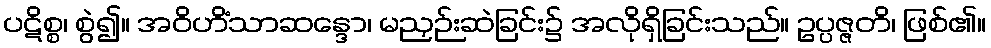
ပဋိစ္စ၊ စွဲ၍။ အဝိဟိံသာဆန္ဒော၊ မညှဉ်းဆဲခြင်း၌ အလိုရှိခြင်းသည်။ ဥပ္ပဇ္ဇတိ၊ ဖြစ်၏။